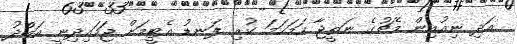
އަދި ނިއުއިން މެޗުގެ ނަތީޖާ ހަމަހަމަ ކުރި ލަނޑު އެޓީމަށް ޖަހައިދިނީ އަބްދު